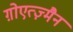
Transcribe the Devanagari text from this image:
ग़ोएत्ज़्मैन